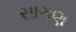
સાગણ